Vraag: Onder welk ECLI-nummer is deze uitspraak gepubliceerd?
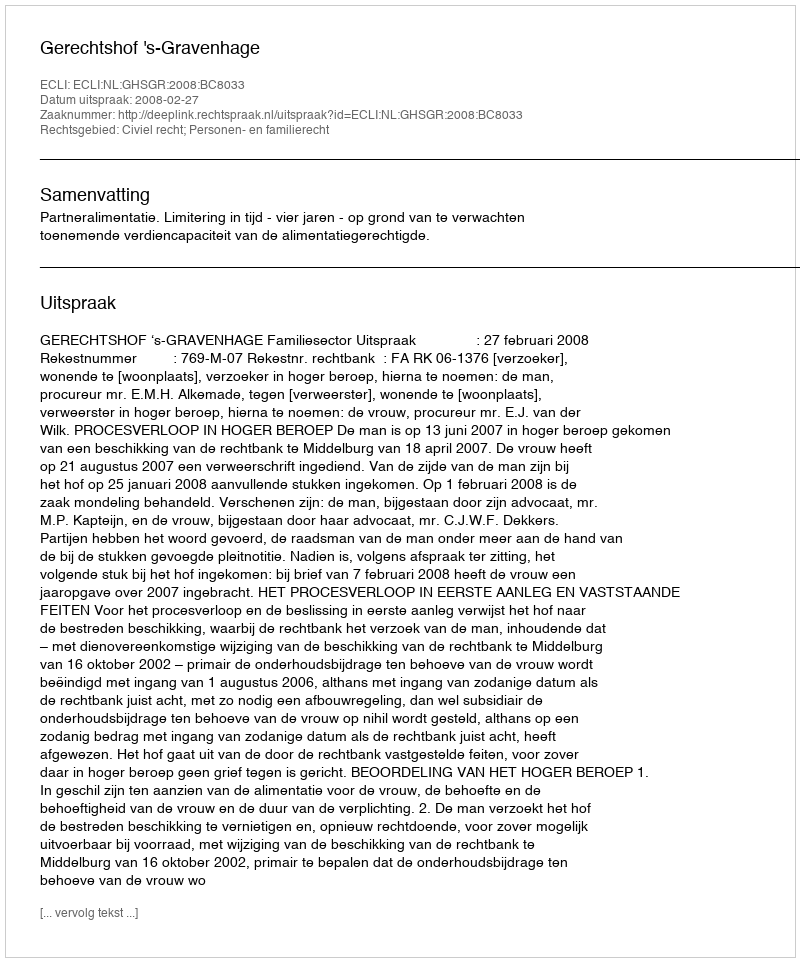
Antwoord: ECLI:NL:GHSGR:2008:BC8033